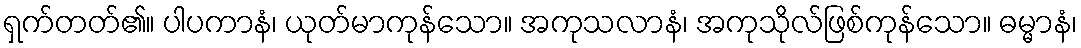
ရှက်တတ်၏။ ပါပကာနံ၊ ယုတ်မာကုန်သော။ အကုသလာနံ၊ အကုသိုလ်ဖြစ်ကုန်သော။ ဓမ္မာနံ၊